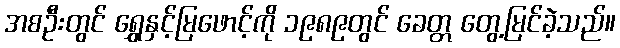
အစဦးတွင် ရွှေနှင့်မြဖောင့်ကို ၁၉၈၉တွင် ခေတ္တ တွေ့မြင်ခဲ့သည်။